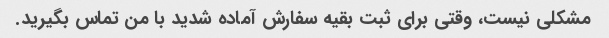
مشکلی نیست، وقتی برای ثبت بقیه سفارش آماده شدید با من تماس بگیرید.